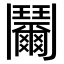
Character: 𩰞